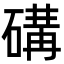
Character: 䃓